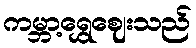
ကမ္ဘာ့ရွှေဈေးသည်